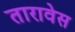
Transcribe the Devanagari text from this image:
तारावेस